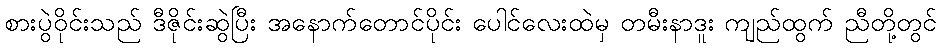
စားပွဲဝိုင်းသည် ဒီဇိုင်းဆွဲပြီး အနောက်တောင်ပိုင်း ပေါင်လေးထဲမှ တမီးနာဒူး ကျည်ထွက် ညီတို့တွင်